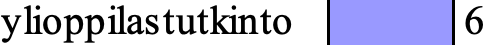
ylioppilastutkinto 6